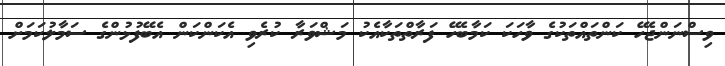
ވިސްނަންޖެހޭ ކަންތައްތަކުގެ ވާހަކަ ކަމާބެހޭ ފަރާތްތަކާއެކު މަޝްވަރާ ކުރެވި އެކަންކަން އެބޭފުޅުންގެ ސަމާލުކަމަށް